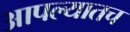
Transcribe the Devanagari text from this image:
आपल्यातच